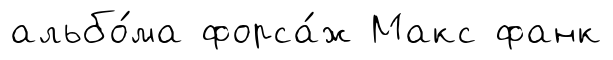
альбо́ма форса́ж Макс фанк